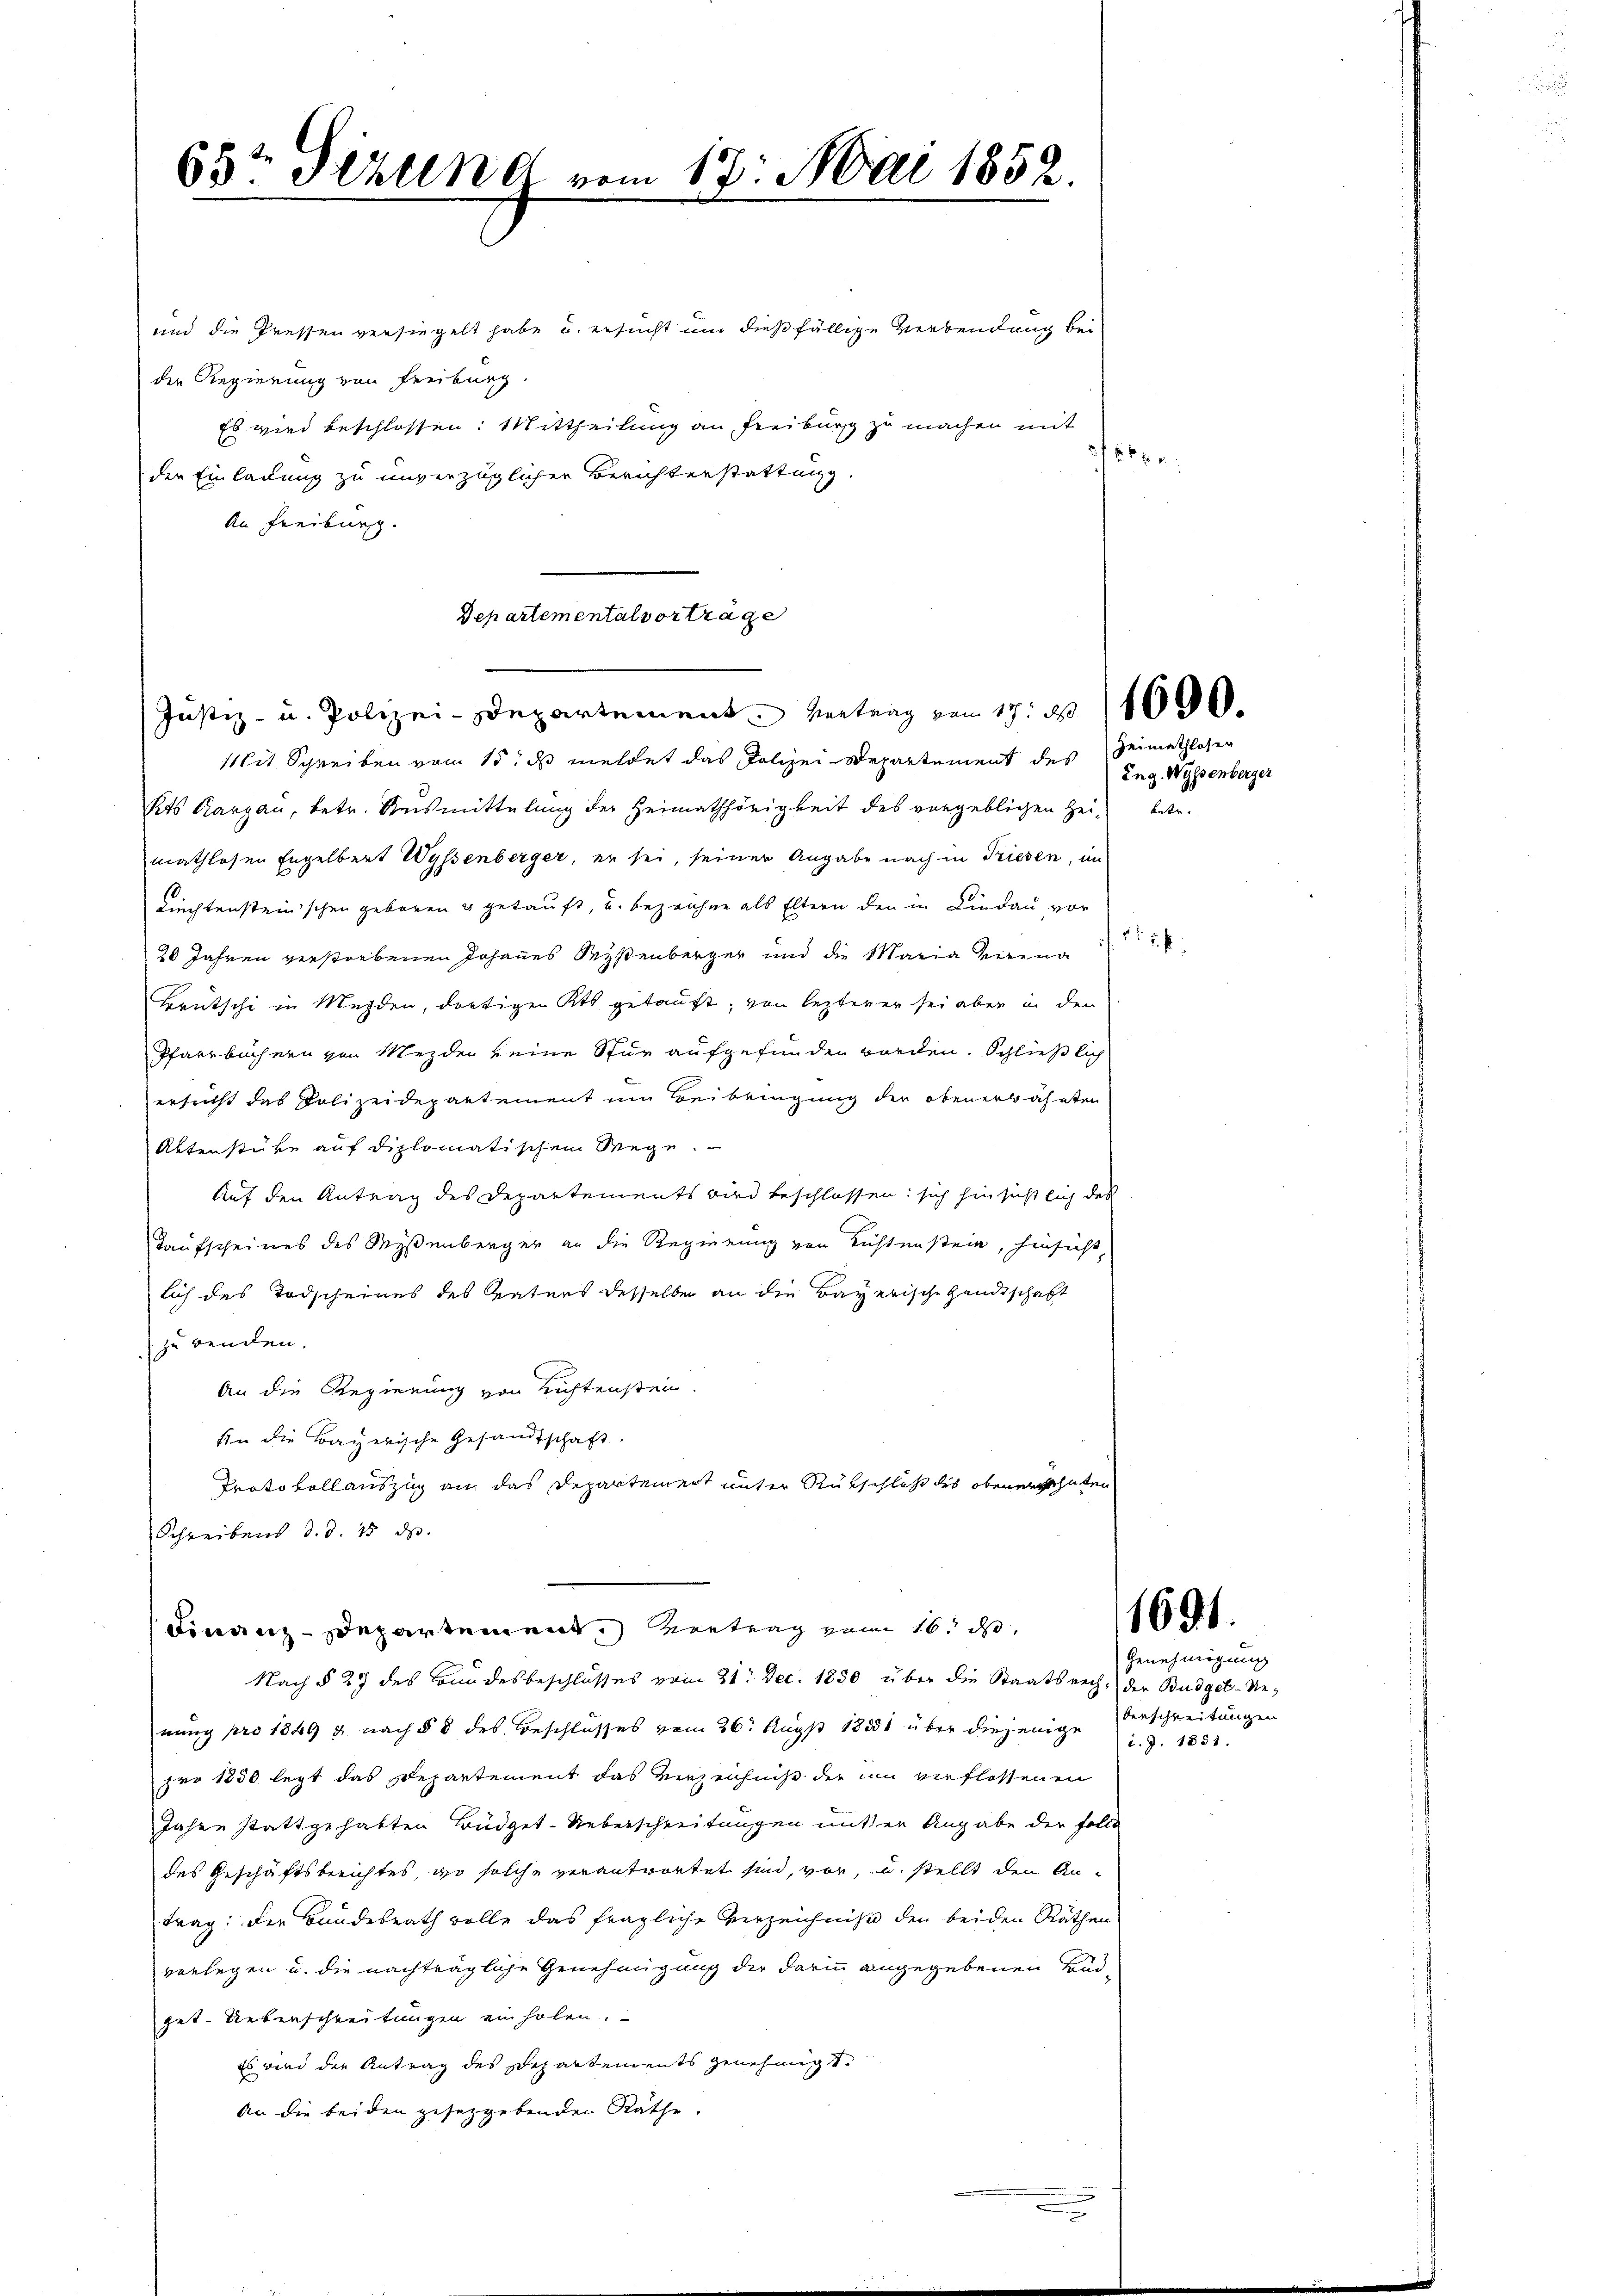
65t Sizung vom 17. Mai 1852.

und die Pressen versiegelt habe u. ersucht und dießfällige Verbendung bei
der Regierung von Freiburg.
Es wird beschlossen: Mittheilung an Freiburg zu machen mit
1886
der Einladung zu unverzüglicher Berichterstattung.
An Freiburg.
Departemental vorträge

Justiz- u. Polizei-Departement Vertrag vom 17. 1000.

Mit Schreiben vom 15t ds meldet das Polizei-Departement des Heimathlosen
Kts. Aargau, betr. Reismittelung der Heimathörigkeit des vorgeblichen Zeit betr.
mathlosen Engelbert Wyssenberger, er sei, seiner Angabe nach in Triesen, im
liechtensteinischen geboren u getauft, und bezeichne als Eltern den in Lindau vor
20 Jahren verstorbenen Johannes Reisenberger und die Maria virend
Brütschi in Menden, dortigen Kts. getauft, von lezterer sei aber in der
Pfarrbüchern von Mezder keine Stur aufgefunden worden. Schließlich
ersucht das Polizeidepartement um Beibringung der obenerwähnten
Aktenstücke auf diplomatischem Wege.
Auf den Antrag des Departements wird beschlossen: sich hinsicht sich des
Taufscheines des Wyßenberger an die Regierung von Richtenstein, hinsicht,
lich des Todscheines des Vaters desselben an die Bayerische Handtschaft
zuwenden.
An die Regierung von Richtenstein.
sin die Bayerische Gesandtschaft.
Protokollauszug an das Departement unter Rückschluß des obenerschaten
Schreibens d. d. 15. ds.
Finanz-Departement, Vertrag vom 16. d.
Nach § 27 des Bundesbeschlusses vom 21. Dec. 1850 über die Staatsrech- der Budget-Renung pro 1849 u. nach § 8 des Beschlusses vom 26. Aug 18851 über diejenige Verschreitungen
pro 1850 legt das Departement das Verzeichniß der um verflossenen
Jahre stattgehabten Büdget-Ueberschreitungen mitter Angabe der Folle
des Geschäftsberichtes, wo solche verantwortet sind, vor, u. stellt den An-
trag: Der Bundesrath volle das fragliche Verzeichniss den beiden Räthen
vorlegen u. die nachträgliche Genehmigung der darin angegebenen Budget. Ueberschreitungen ein holen.
Es wird der Antrag des Departements genehmigt.
An die beiden gesetzgebenden Räthe.

Ing. Wyssenberger

22

1691.

Genehmigung
i. J. 1851.